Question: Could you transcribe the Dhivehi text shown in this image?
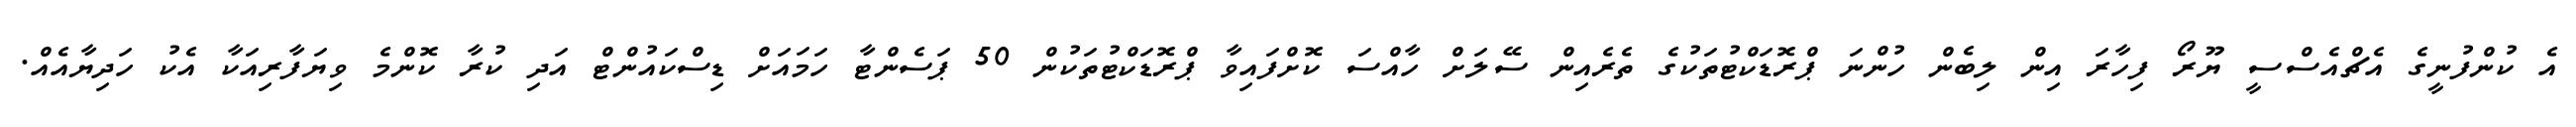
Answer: އެ ކުންފުނީގެ އެޗްއެސްސީ ޔޫރޯ ފިހާރަ އިން ލިބެން ހުންނަ ޕްރޮޑަކްޓުތަކުގެ ތެރެއިން ސޭލަށް ހާއްސަ ކޮށްފައިވާ ޕްރޮޑަކްޓުތަކުން 50 ޕަސެންޓާ ހަމައަށް ޑިސްކައުންޓް އަދި ކުރާ ކޮންމެ ވިޔަފާރިއަކާ އެކު ހަދިޔާއެއް.